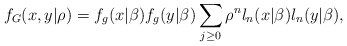
\begin{align*}f_{G}(x,y|\rho )=f_{g}(x|\beta )f_{g}(y|\beta )\sum_{j\geq 0}\rho^{n}l_{n}(x|\beta )l_{n}(y|\beta ), \end{align*}